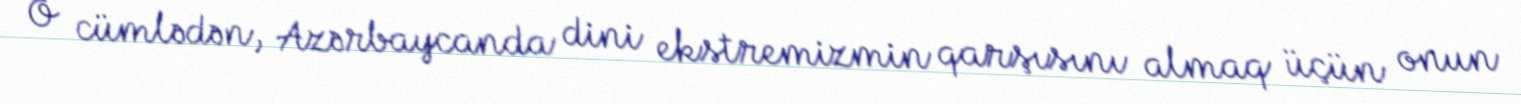
O cümlədən, Azərbaycanda dini ekstremizmin qarşısını almaq üçün onun